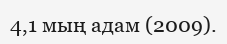
4,1 мың адам (2009).